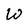
Character: W